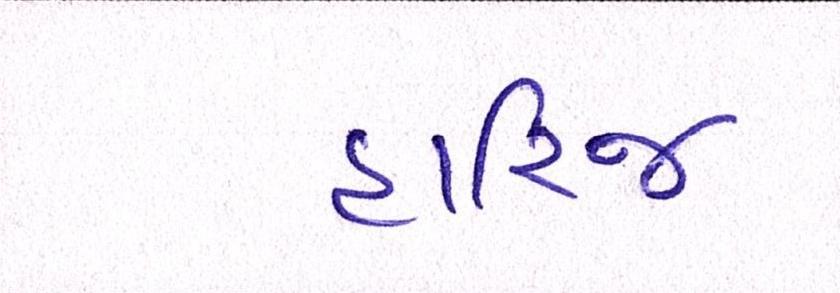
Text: હારિજ